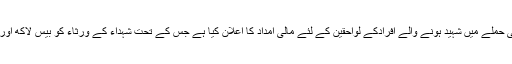
جمعرات کو نجی ٹی وی کے مطابق خیبر پختونخواہ حکومت نے باچا خان یونیورسٹی حملے میں شہید ہونے والے افرادکے لواحقین کے لئے مالی امداد کا اعلان کیا ہے جس کے تحت شہداء کے ورثاء کو بیس لاکھ اور شدید زخمیوں کو علاج و معالج کے لئے چار چار لاکھ فی کس امداد دی جائے گی ۔